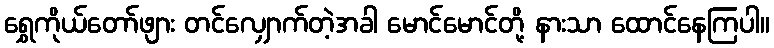
ရွှေကိုယ်တော်ဖျား တင်လျှောက်တဲ့အခါ မောင်မောင်တို့ နားသာ ထောင်နေကြပါ။